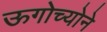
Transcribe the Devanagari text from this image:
ऊगोच्योने